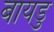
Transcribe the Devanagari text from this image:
बायडु